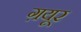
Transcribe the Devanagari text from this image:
ग़यूर